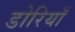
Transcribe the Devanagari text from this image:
डोरियाँ